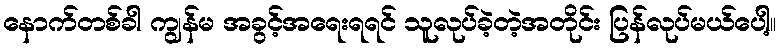
နောက်တစ်ခါ ကျွန်မ အခွင့်အရေးရရင် သူလုပ်ခဲ့တဲ့အတိုင်း ပြန်လုပ်မယ်ပေါ့။